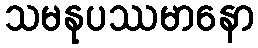
သမနုပဿမာနော